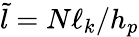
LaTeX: \tilde{l}=N\ell_{k}/h_{p}